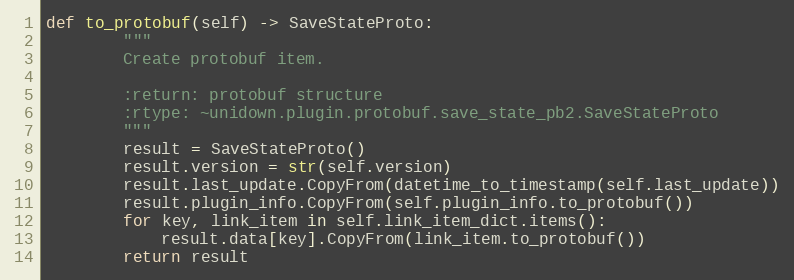
Language: Python
def to_protobuf(self) -> SaveStateProto:
        """
        Create protobuf item.

        :return: protobuf structure
        :rtype: ~unidown.plugin.protobuf.save_state_pb2.SaveStateProto
        """
        result = SaveStateProto()
        result.version = str(self.version)
        result.last_update.CopyFrom(datetime_to_timestamp(self.last_update))
        result.plugin_info.CopyFrom(self.plugin_info.to_protobuf())
        for key, link_item in self.link_item_dict.items():
            result.data[key].CopyFrom(link_item.to_protobuf())
        return result